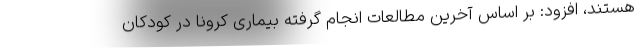
هستند، افزود: بر اساس آخرین مطالعات انجام گرفته بیماری کرونا در کودکان